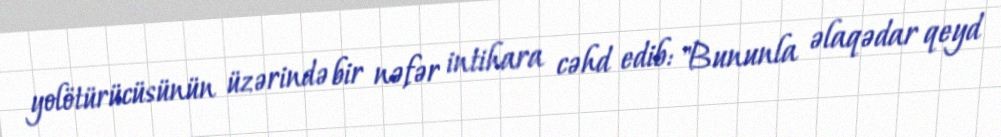
yolötürücüsünün üzərində bir nəfər intihara cəhd edib: "Bununla əlaqədar qeyd